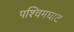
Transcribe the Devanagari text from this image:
पश्चिमघाट